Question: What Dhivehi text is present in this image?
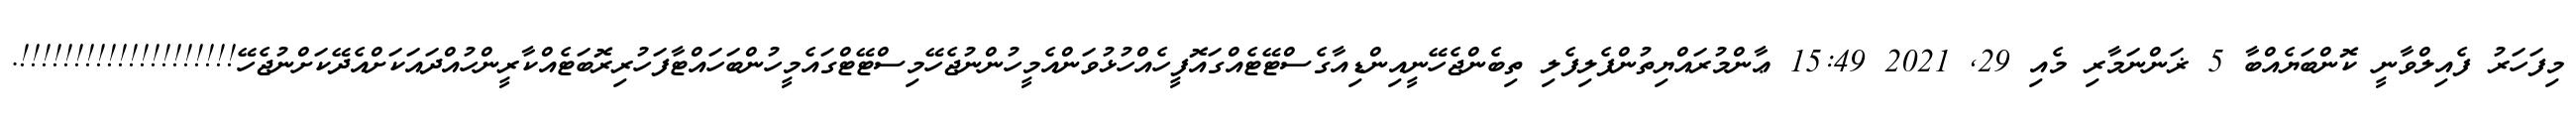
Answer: މިފަހަރު ފެއިލްވާނީ ކޮންބަޔެއްބާ 5 ޜަންނަމާރި މެއި 29, 2021 15:49 ޢާންމުރައްޔިތުންފެލިފެލި ތިބެންޖެހޭނީއިންޑިއާގެސްޓޭޓެއްގައޮފީހެއްހުޅުވަންއެމީހުންނުޖެހޭމިސްޓޭޓްގައެމީހުންބަހައްޓާފަހުރިރޮބަޓެއްކާރީންހުއްދައަކަށްއެދޭކަށްނުޖެހޭ!!!!!!!!!!!!!!!!!!!!.